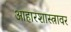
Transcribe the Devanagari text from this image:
आहारशास्त्रावर